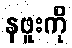
နဖူးကို